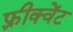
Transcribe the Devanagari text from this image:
फ़्रीक्वेंट